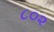
૮૦૨